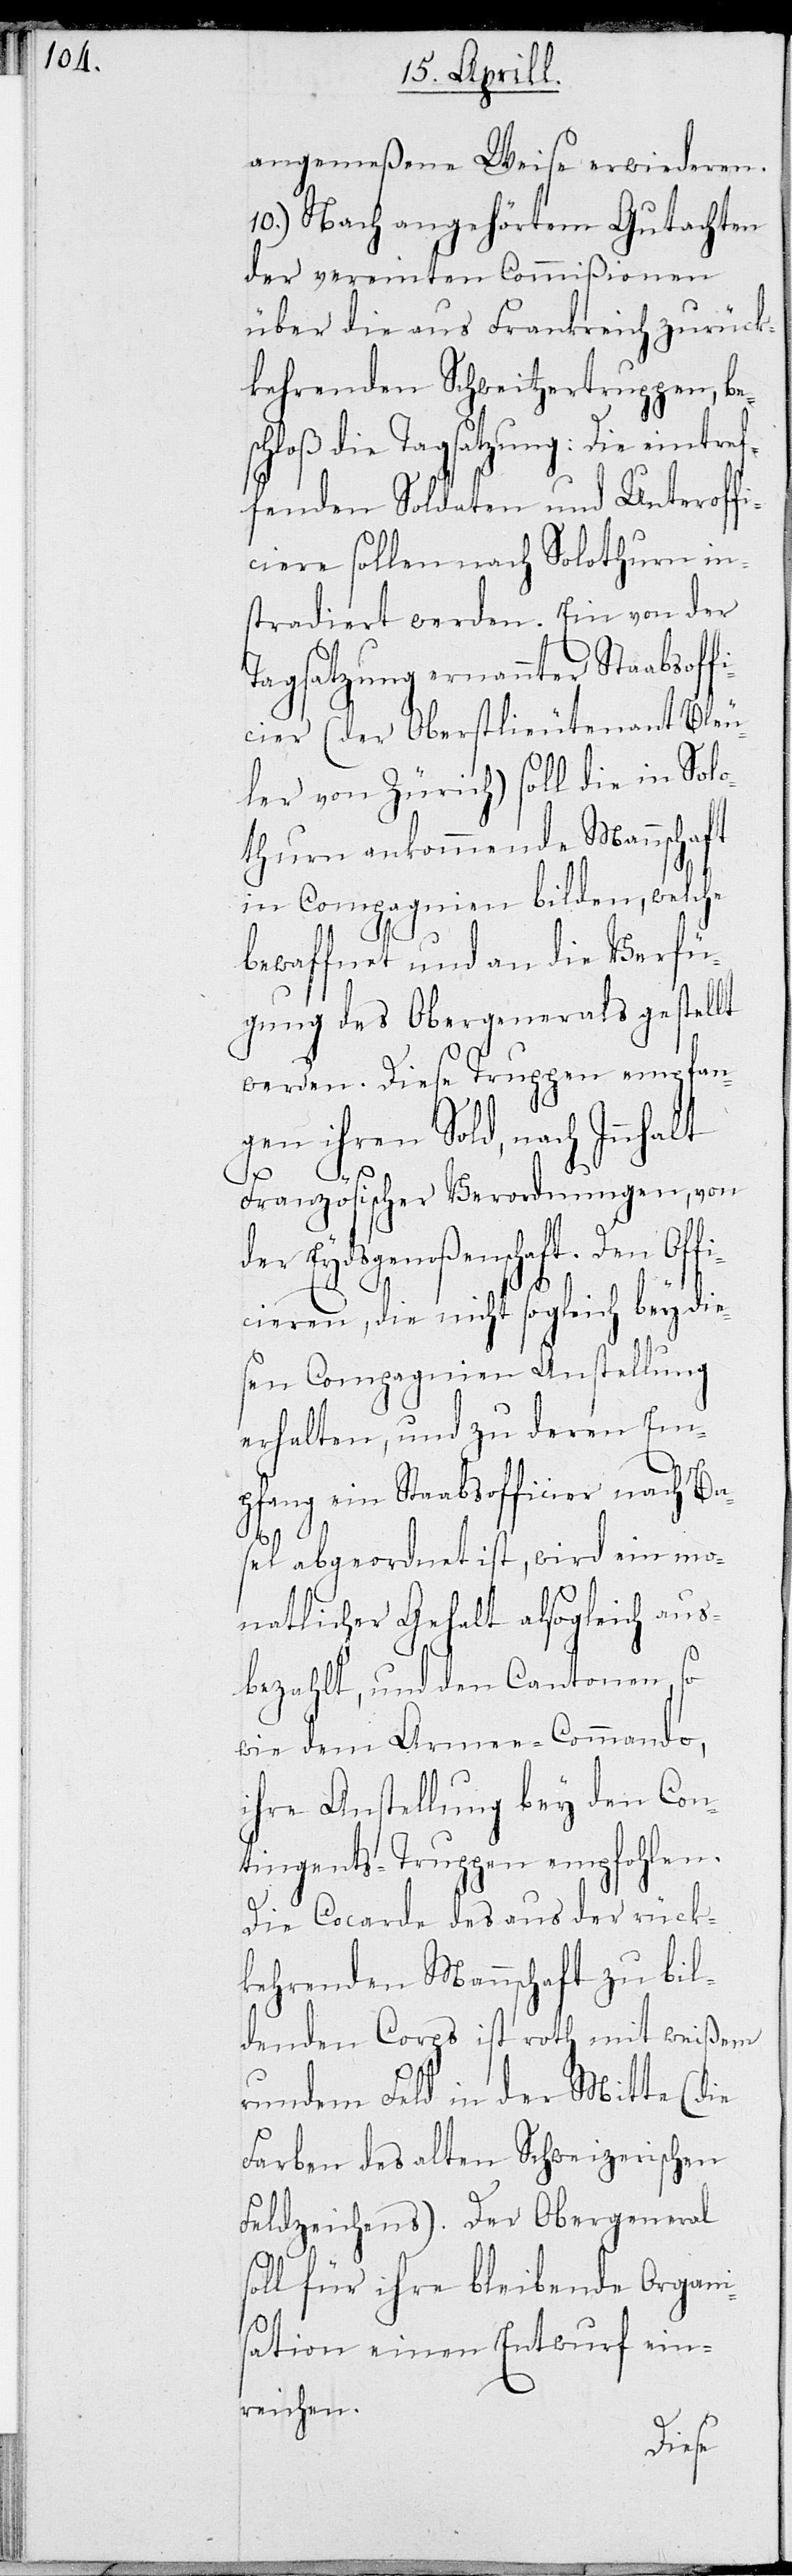
angemeßene Weise erwiederen.
10.) Nach angehörtem Gutachten
der vereinten Commißionen
über die aus Frankreich zurück¬
kehrenden Schweitzertruppen, bes¬
chloß die Tagsatzung: Die eintref¬
fenden Soldaten und Unteroffi¬
ciere sollen nach Solothurn in¬
stradiert werden. Ein von der
Tagsatzung ernannter Stabsoff¬
icier (der Oberstlieutenant Bleu¬
ler von Zürich) soll die in Solo¬
thurn ankommende Mannschaft
in Compagnien bilden, welche
bewaffnet und an die Verfü¬
gung des Obergenerals gestellt
werden. Diese Truppen empfan¬
gen ihren Sold, nach Inhalt
Französischer Verordnungen, von
der Eydsgenoßenschaft. Den Off¬
icieren, die nicht sogleich bey die¬
sen Compagnien Anstellung
erhalten, und zu deren Em¬
pfang ein Staabsofficier nach Ba¬
sel abgeordnet ist, wird ein mo¬
natlicher Gehalt alsogleich aus¬
bezahlt, und den Cantonen, so
wie dem Armee-Commando,
ihre Anstellung bey den Con¬
tingents-Truppen empflohen.
Die Cocarde des aus der rück¬
kehrenden Mannschaft zu bil¬
denden Corps ist roth mit weißem
runden Feld in der Mitte (die
Farben des alten Schweizerischen
Feldzeichens). Der Obergeneral
soll für ihre bleibende Organi¬
sation einen Entwurf ein¬
reichen.